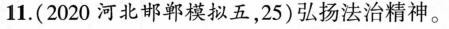
11.(2020河北邯郸模拟五，25)弘扬法治精神。